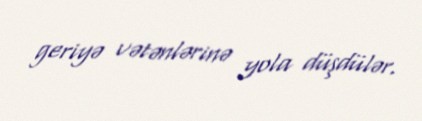
geriyə vətənlərinə yola düşdülər.